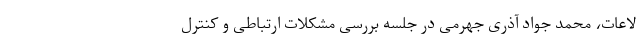
لاعات، محمد جواد آذری جهرمی در جلسه بررسی مشکلات ارتباطی و کنترل